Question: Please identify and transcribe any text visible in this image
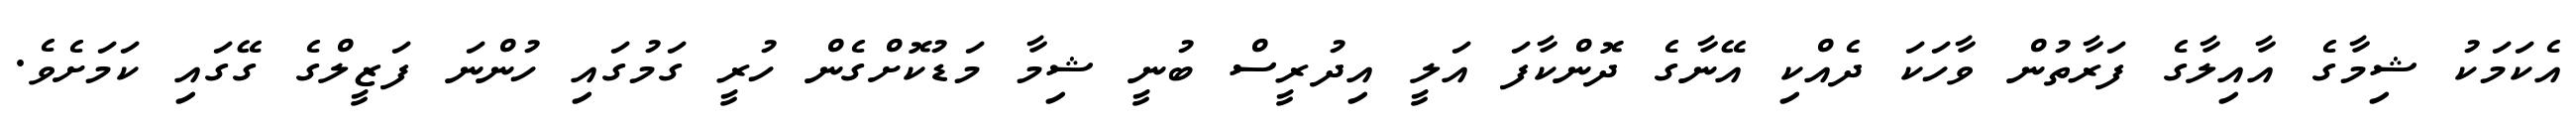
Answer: އެކަމަކު ޝިމާގެ އާއިލާގެ ފަރާތުން ވާހަކަ ދެއްކި އޭނާގެ ދޮންކާފަ އަލީ އިދުރީސް ބުނީ ޝިމާ މަޑުކޮށްގެން ހުރީ ގަމުގައި ހުންނަ ފަޒީލްގެ ގޭގައި ކަމަށެވެ.